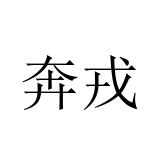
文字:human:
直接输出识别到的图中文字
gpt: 奔戎